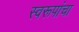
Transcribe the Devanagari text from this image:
स्वरूपांचा